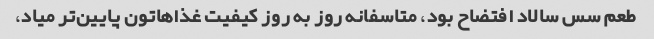
طعم سس سالاد افتضاح بود، متاسفانه روز به روز کیفیت غذاهاتون پایین‌تر میاد،